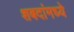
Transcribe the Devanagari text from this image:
शबदांमध्ये